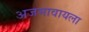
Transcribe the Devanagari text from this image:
अजमावायला